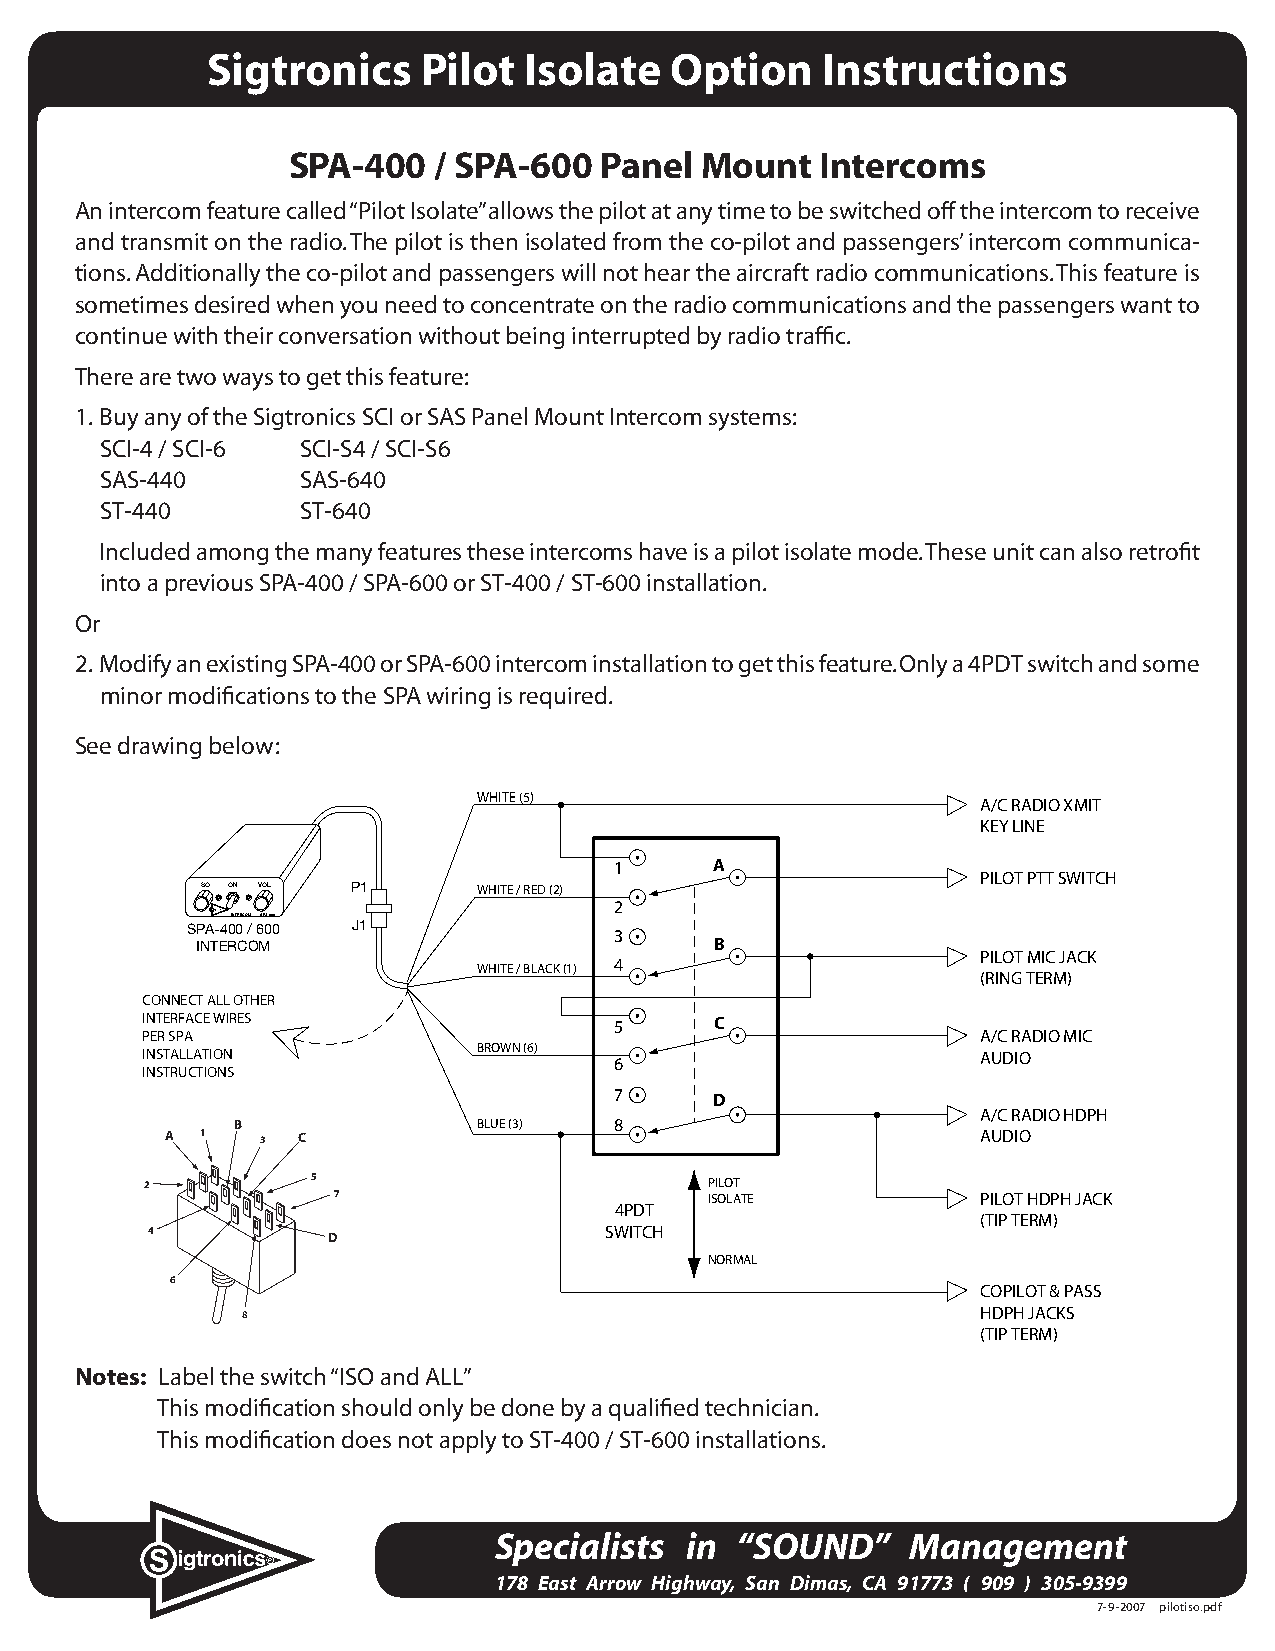
Sigtronics    Pilot  Isolate  Option    Instructions
 SPA-400   / SPA-600  Panel Mount   Intercoms
 An intercom feature called “Pilot Isolate” allows the pilot at any time to be switched off the intercom to receive
 and transmit on the radio. The pilot is then isolated from the co-pilot and passengers’ intercom communica-
 tions. Additionally the co-pilot and passengers will not hear the aircraft radio communications. This feature is
 sometimes desired when you need to concentrate on the radio communications and the passengers want to
 continue with their conversation without being interrupted by radio traffic.
 There are two ways to get this feature:
 1. Buy any of the Sigtronics SCI or SAS Panel Mount Intercom systems:
 SCI-4 / SCI-6 SCI-S4 / SCI-S6
 SAS-440      SAS-640
 ST-440       ST-640
 Included among the many features these intercoms have is a pilot isolate mode. These unit can also retrofit
 into a previous SPA-400 / SPA-600 or ST-400 / ST-600 installation.
 Or
 2. Modify an existing SPA-400 or SPA-600 intercom installation to get this feature. Only a 4PDT switch and some
 minor modifications to the SPA wiring is required.
 See drawing below:
 ��������
 ������������
 �������
 �     �
 ��������������
 SQ ON VOL P1       ������������
 �
 INTERCOM SPA-600
 SPA-400/600 J1               �
 INTERCOM                          �
 ������������
 �������������� �
 ����������
 ���������������
 ��������������                  �     �
 ������                                                  �����������
 ������������           ��������                         �����
 �
 ������������
 �����������������������       �     �
 ������������
 �                �������  �
 � �   �  �                                            �����
 �          �                         �����
 �                        �������           �������������
 ����
 ���������
 �           �                 ������
 ������
 �
 ������������
 �                                                ���������
 ���������
 Notes: Label the switch “ISO and ALL”
 This modification should only be done by a qualified technician.
 This modification does not apply to ST-400 / ST-600 installations.
 �
 � �   �  �
 Specialists in  “SOUND”    Management
 �
 �
 178 East Arrow Highway, San Dimas, CA 91773 ( 909 ) 305-9399
 �           �����������������������
 7-9-2007 pilotiso.pdf
 �